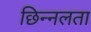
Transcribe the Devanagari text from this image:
छिन्नलता